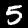
Label: 5